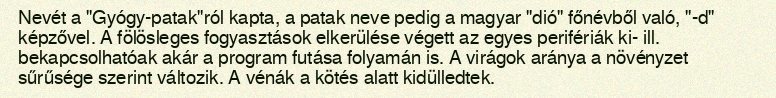
Nevét a "Gyógy-patak"ról kapta, a patak neve pedig a magyar "dió" főnévből való, "-d" képzővel. A fölösleges fogyasztások elkerülése végett az egyes perifériák ki- ill. bekapcsolhatóak akár a program futása folyamán is. A virágok aránya a növényzet sűrűsége szerint változik. A vénák a kötés alatt kidülledtek.